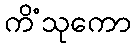
ကိံသုကော